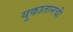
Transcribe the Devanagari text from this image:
युकातानची